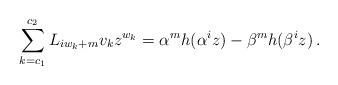
LaTeX: \begin{align*}\sum_{k = c_1 }^{c_2 } {L_{iw_k + m} v_kz^{w_k}} = \alpha^m h(\alpha ^i z) - \beta^m h(\beta ^i z)\,.\end{align*}